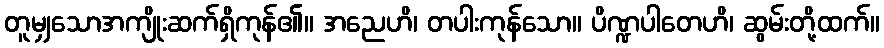
တူမျှသောအကျိုးဆက်ရှိကုန်၏။ အညေဟိ၊ တပါးကုန်သော။ ပိဏ္ဍပါတေဟိ၊ ဆွမ်းတို့ထက်။